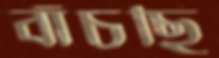
বাঁচছি